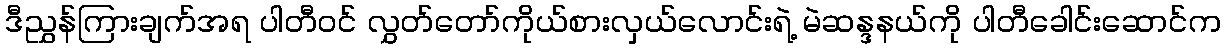
ဒီညွှန်ကြားချက်အရ ပါတီဝင် လွှတ်တော်ကိုယ်စားလှယ်လောင်းရဲ့ မဲဆန္ဒနယ်ကို ပါတီခေါင်းဆောင်က